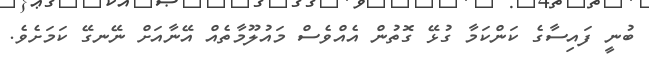
ބުނީ ފައިސާގެ ކަންކަމާ ގުޅޭ ގޮތުން އެއްވެސް މައުލޫމާތެއް އޭނާއަށް ނޭނގޭ ކަމަށެވެ.